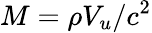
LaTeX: M=\rho V_{u}/c^{2}